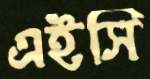
এইসি